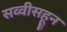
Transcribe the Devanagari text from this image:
सव्वीसहून